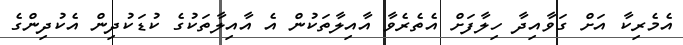
އެމެރިކާ އަށް ގަވާއިދާ ހިލާފަށް އެތެރެވާ އާއިލާތަކުން އެ އާއިލާތަކުގެ ކުޑަކުދިން އެކުދިންގެ